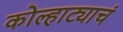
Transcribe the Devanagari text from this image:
कोल्हाट्याचं